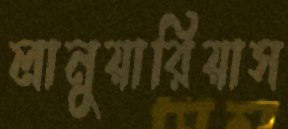
লানুয়ারিয়াস